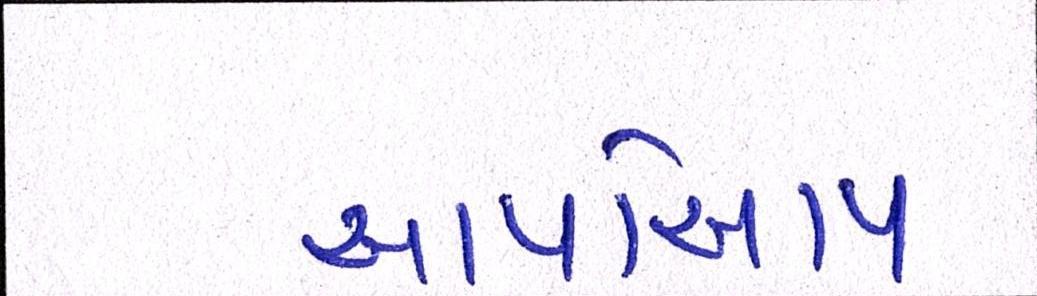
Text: આપોઆપ